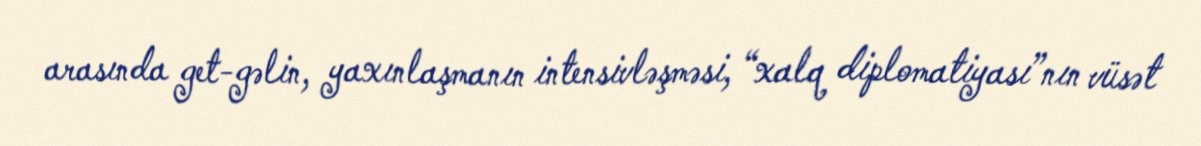
arasında get-gəlin, yaxınlaşmanın intensivləşməsi, “xalq diplomatiyası”nın vüsət